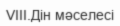
VIII.Дін мәселесі